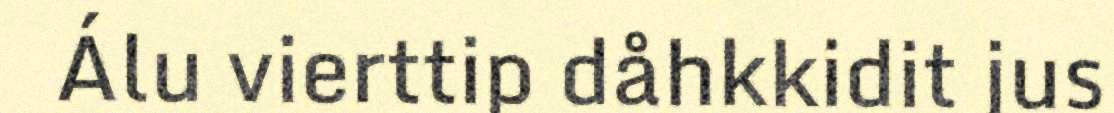
Álu vierttip dåhkkidit jus